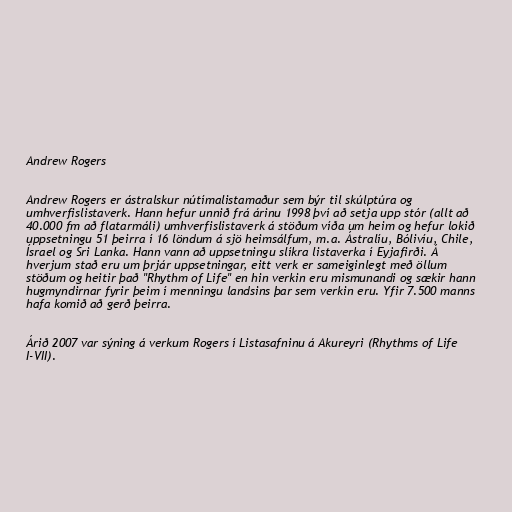
Andrew Rogers

Andrew Rogers er ástralskur nútímalistamaður sem býr til skúlptúra og
umhverfislistaverk. Hann hefur unnið frá árinu 1998 því að setja upp stór (allt að
40.000 fm að flatarmáli) umhverfislistaverk á stöðum víða um heim og hefur lokið
uppsetningu 51 þeirra í 16 löndum á sjö heimsálfum, m.a. Ástralíu, Bólivíu, Chile,
Ísrael og Sri Lanka. Hann vann að uppsetningu slíkra listaverka í Eyjafirði. Á
hverjum stað eru um þrjár uppsetningar, eitt verk er sameiginlegt með öllum
stöðum og heitir það "Rhythm of Life" en hin verkin eru mismunandi og sækir hann
hugmyndirnar fyrir þeim í menningu landsins þar sem verkin eru. Yfir 7.500 manns
hafa komið að gerð þeirra.

Árið 2007 var sýning á verkum Rogers í Listasafninu á Akureyri (Rhythms of Life
I-VII).